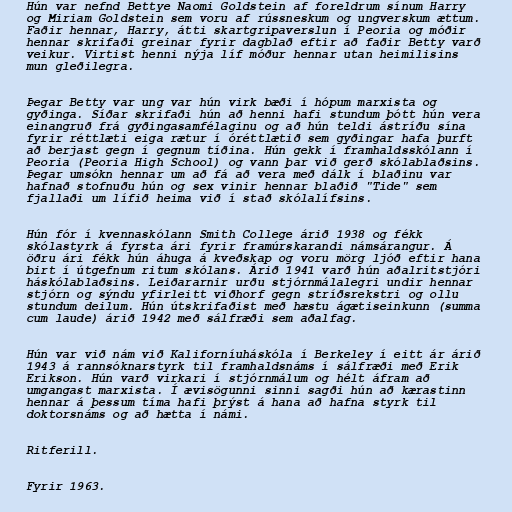
Hún var nefnd Bettye Naomi Goldstein af foreldrum sínum Harry
og Miriam Goldstein sem voru af rússneskum og ungverskum ættum.
Faðir hennar, Harry, átti skartgripaverslun í Peoria og móðir
hennar skrifaði greinar fyrir dagblað eftir að faðir Betty varð
veikur. Virtist henni nýja líf móður hennar utan heimilisins
mun gleðilegra.

Þegar Betty var ung var hún virk bæði í hópum marxista og
gyðinga. Síðar skrifaði hún að henni hafi stundum þótt hún vera
einangruð frá gyðingasamfélaginu og að hún teldi ástríðu sína
fyrir réttlæti eiga rætur í óréttlætið sem gyðingar hafa þurft
að berjast gegn í gegnum tíðina. Hún gekk í framhaldsskólann í
Peoria (Peoria High School) og vann þar við gerð skólablaðsins.
Þegar umsókn hennar um að fá að vera með dálk í blaðinu var
hafnað stofnuðu hún og sex vinir hennar blaðið "Tide" sem
fjallaði um lífið heima við í stað skólalífsins.

Hún fór í kvennaskólann Smith College árið 1938 og fékk
skólastyrk á fyrsta ári fyrir framúrskarandi námsárangur. Á
öðru ári fékk hún áhuga á kveðskap og voru mörg ljóð eftir hana
birt í útgefnum ritum skólans. Árið 1941 varð hún aðalritstjóri
háskólablaðsins. Leiðararnir urðu stjórnmálalegri undir hennar
stjórn og sýndu yfirleitt viðhorf gegn stríðsrekstri og ollu
stundum deilum. Hún útskrifaðist með hæstu ágætiseinkunn (summa
cum laude) árið 1942 með sálfræði sem aðalfag.

Hún var við nám við Kaliforníuháskóla í Berkeley í eitt ár árið
1943 á rannsóknarstyrk til framhaldsnáms í sálfræði með Erik
Erikson. Hún varð virkari í stjórnmálum og hélt áfram að
umgangast marxista. Í ævisögunni sinni sagði hún að kærastinn
hennar á þessum tíma hafi þrýst á hana að hafna styrk til
doktorsnáms og að hætta í námi.

Ritferill.

Fyrir 1963.